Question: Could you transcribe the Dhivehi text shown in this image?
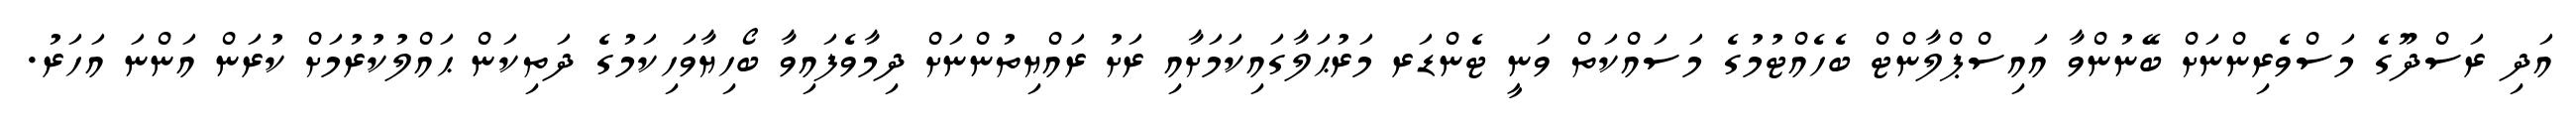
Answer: އަދި ރަސްދޫގެ މަސްވެރިންނަށް ބޭނުންވާ އައިސްޕްލާންޓް ބެހެއްޓުމުގެ މަސައްކަތް ވަނީ ޓެންޑަރ މަރުޙަލާގައިކަމަށާއި ރަށު ރައްޔިތުންނަށް ދިމާވެފައިވާ ބޯހިޔާވަހިކަމުގެ ދަތިކަން ޙައްލުކުރުމަށް ކުރަން އަންނަ އަހަރު.